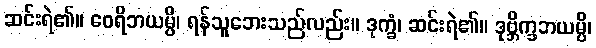
ဆင်းရဲ၏။ ဝေရိဘယမ္ပိ၊ ရန်သူဘေးသည်လည်း။ ဒုက္ခံ၊ ဆင်းရဲ၏။ ဒုဗ္ဘိက္ခဘယမ္ပိ၊